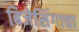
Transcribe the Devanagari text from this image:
बिजेसिंगाचा